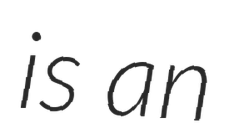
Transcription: is an